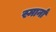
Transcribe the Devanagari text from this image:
स्मार्ना